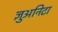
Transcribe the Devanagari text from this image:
ज्ञुअनिटा